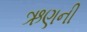
ઋણની